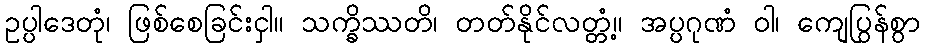
ဥပ္ပါဒေတုံ၊ ဖြစ်စေခြင်းငှါ။ သက္ခိဿတိ၊ တတ်နိုင်လတ္တံ့။ အပ္ပဂုဏံ ဝါ၊ ကျေပြွန်စွာ